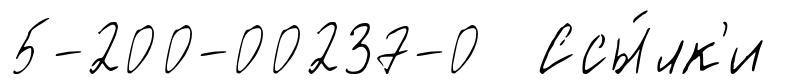
5-200-00237-0 Ссы́лк'и